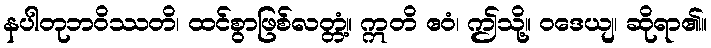
နပါတုဘဝိဿတိ၊ ထင်စွာဖြစ်လတ္တံ့။ ဣတိ ဧဝံ၊ ဤသို့။ ဝဒေယျ၊ ဆိုရာ၏။